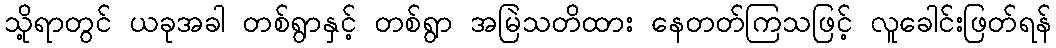
သို့ရာတွင် ယခုအခါ တစ်ရွာနှင့် တစ်ရွာ အမြဲသတိထား နေတတ်ကြသဖြင့် လူခေါင်းဖြတ်ရန်